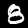
Label: 8